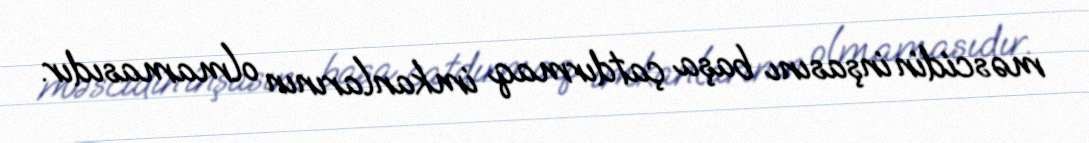
məscidin inşasını başa çatdırmaq imkanlarının olmamasıdır.